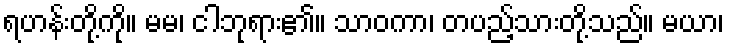
ရဟန်းတို့ကို။ မမ၊ ငါဘုရား၏။ သာဝကာ၊ တပည့်သားတို့သည်။ မယာ၊